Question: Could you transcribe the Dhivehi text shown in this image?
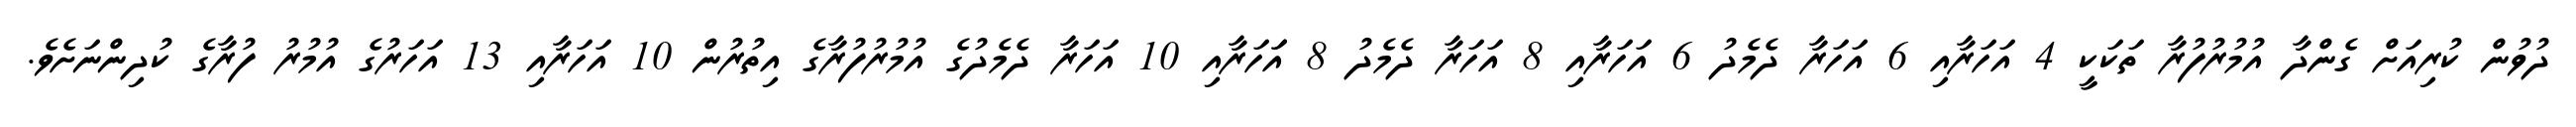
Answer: ދުވުން ކުރިއަށް ގެންދާ އުމުރުފުރާ ތަކަކީ 4 އަހަރާއި 6 އަހަރާ ދެމެދު 6 އަހަރާއި 8 އަހަރާ ދެމެދު 8 އަަހަރާއި 10 އަހަރާ ދެމެދުގެ އުމުރުފުރާގެ އިތުރުން 10 އަހަރާއި 13 އަހަރުގެ އުމުރު ފުރާގެ ކުދިންނަށެވެ.